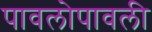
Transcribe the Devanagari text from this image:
पावलोपावली